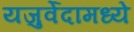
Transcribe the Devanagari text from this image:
यजुर्वेदामध्ये